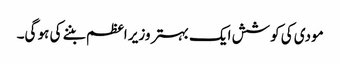
مودی کی کوشش ایک بہتر وزیر اعظم بننے کی ہو گی۔